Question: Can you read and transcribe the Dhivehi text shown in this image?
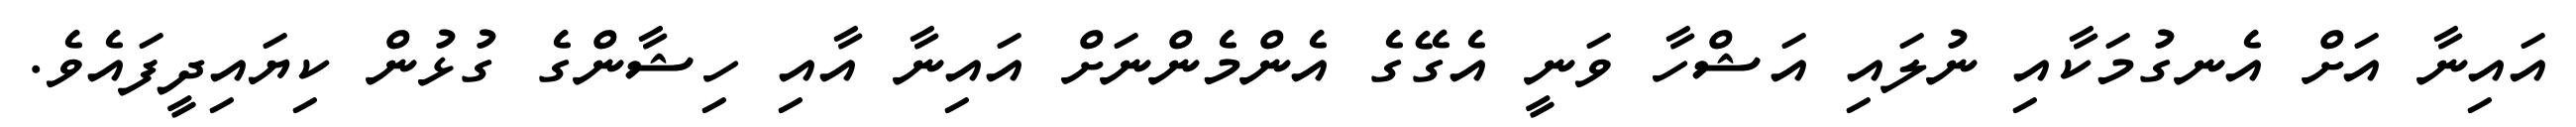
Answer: އައިނާ އަށް އެނގުމަކާއި ނުލައި އަޝްހާ ވަނީ އެގޭގެ އެންމެންނަށް އައިނާ އާއި ހިޝާންގެ ގުޅުން ކިޔައިދީފައެވެ.